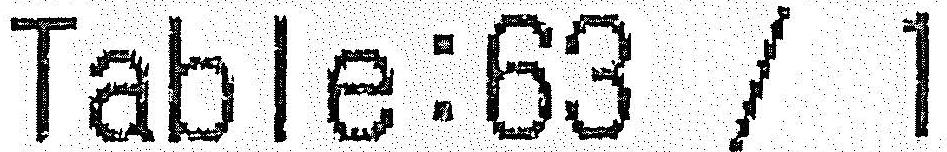
TABLE:63 / 1